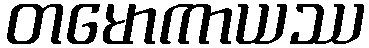
တမောကာယဿ